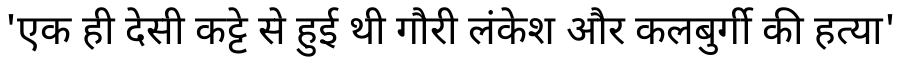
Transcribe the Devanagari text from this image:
'एक ही देसी कट्टे से हुई थी गौरी लंकेश और कलबुर्गी की हत्या'